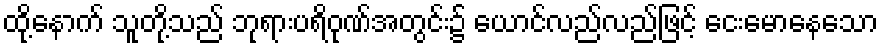
ထို့နောက် သူတို့သည် ဘုရားပရိဝုဏ်အတွင်း၌ ယောင်လည်လည်ဖြင့် ငေးမောနေသော